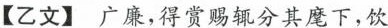
【乙文】广廉，得赏赐辄分其麾下，饮